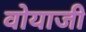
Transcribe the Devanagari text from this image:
वोयाजी